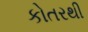
કોતરથી